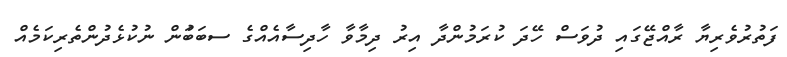
ފަތުރުވެރިޔާ ރާއްޖޭގައި ދުވަސް ހޭދަ ކުރަމުންދާ އިރު ދިމާވާ ހާދިސާއެއްގެ ސބަބަުން ނުކުޅެދުންތެރިކަމެއް